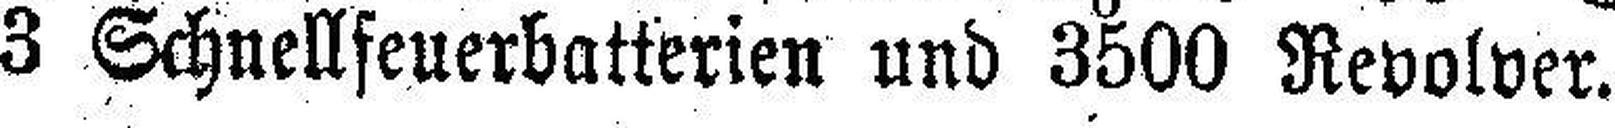
3 Schnellfeuerbatterien und 3500 Revolver.